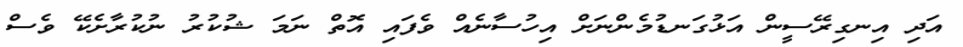
އަދި އިނގިރޭސީން އަޅުގަނޑުމެންނަށް އިހުސާނެއް ވެފައި އޮތް ނަމަ ޝުކުރު ނުކުރާށެކޭ ވެސް